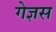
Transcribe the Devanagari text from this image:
गेज्ञस